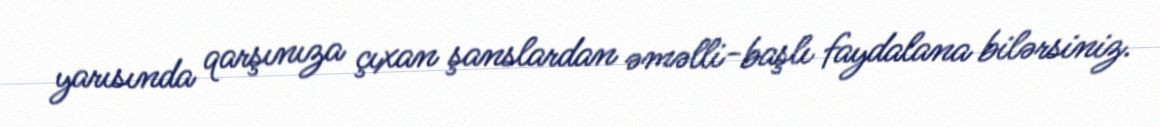
yarısında qarşınıza çıxan şanslardan əməlli-başlı faydalana bilərsiniz.